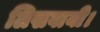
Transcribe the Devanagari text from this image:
लिखवायी।